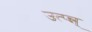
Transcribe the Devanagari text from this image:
उत्प्‍न्न्